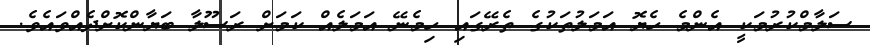
ސަލާމްކުރުމަކީ އެންމެ ހެޔޮ އަމަލުތަކުގެ ތެރޭގައި ހިމެނޭ އަމަލެއް ކަމަށް ރަސޫލާ ބަޔާންކޮށްދެއްވައެވެ.